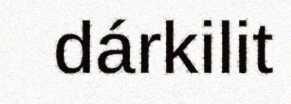
dárkilit